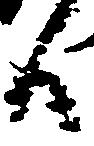
候